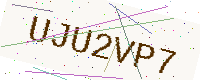
Text: UJU2VP7